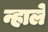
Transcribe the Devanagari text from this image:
न्हाले